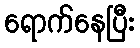
ရောက်နေပြီး